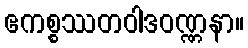
ဧကစ္စဿတဝါဒဝဏ္ဏနာ။